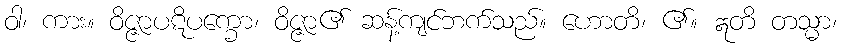
ဝါ၊ ကား။ ဝိဇ္ဇာပဋိပက္ခော၊ ဝိဇ္ဇာ၏ ဆန့်ကျင်ဘက်သည်။ ဟောတိ၊ ၏။ ဣတိ တသ္မာ၊